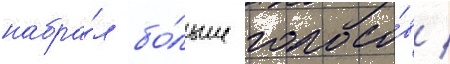
набра́л бо́льше голосо́в /